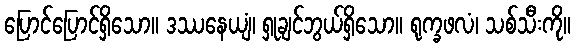
ပြောင်ပြောင်ရှိသော။ ဒဿနေယျံ၊ ရှုချင်ဘွယ်ရှိသော။ ရုက္ခဖလံ၊ သစ်သီးကို။